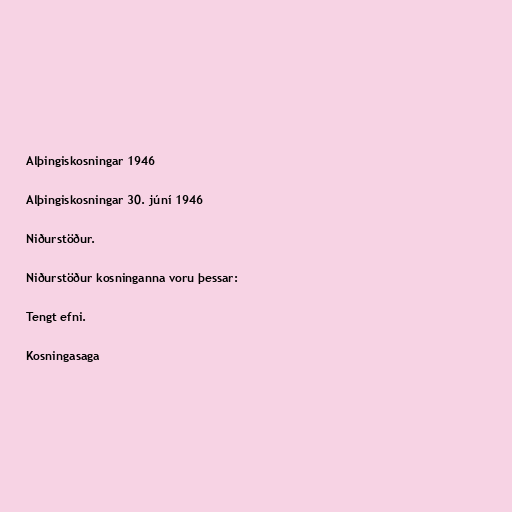
Alþingiskosningar 1946

Alþingiskosningar 30. júní 1946

Niðurstöður.

Niðurstöður kosninganna voru þessar:

Tengt efni.

Kosningasaga